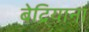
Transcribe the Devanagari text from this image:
बेद्रियाना